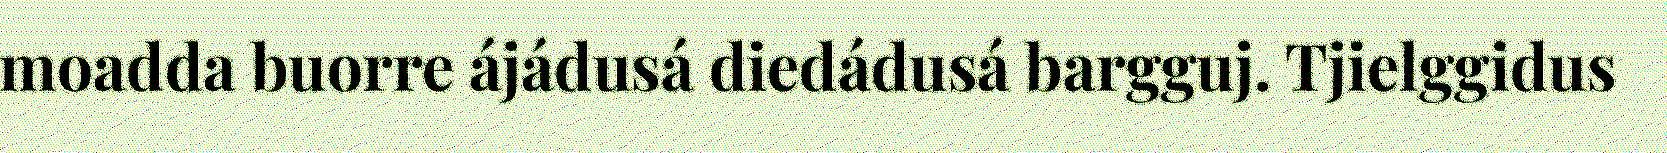
moadda buorre ájádusá diedádusá bargguj. Tjielggidus